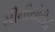
સીનીયોરીટી